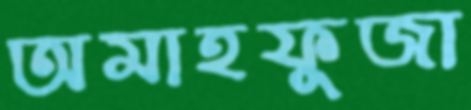
অমাহফুজা